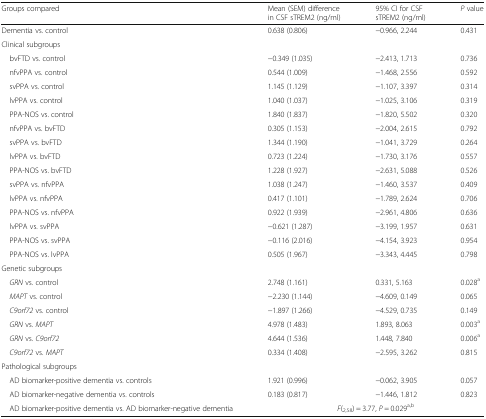
<table><thead><tr><td><b>Groups compared</b></td><td><b>Mean (SEM) difference in CSF sTREM2 (ng/ml)</b></td><td><b>95% CI for CSF sTREM2 (ng/ml)</b></td><td><b><i>P</i> value</b></td></tr></thead><tbody><tr><td>Dementia vs. control</td><td>0.638 (0.806)</td><td>−0.966, 2.244</td><td>0.431</td></tr><tr><td colspan="4">Clinical subgroups</td></tr><tr><td> bvFTD vs. control</td><td>−0.349 (1.035)</td><td>−2.413, 1.713</td><td>0.736</td></tr><tr><td> nfvPPA vs. control</td><td>0.544 (1.009)</td><td>−1.468, 2.556</td><td>0.592</td></tr><tr><td> svPPA vs. control</td><td>1.145 (1.129)</td><td>−1.107, 3.397</td><td>0.314</td></tr><tr><td> lvPPA vs. control</td><td>1.040 (1.037)</td><td>−1.025, 3.106</td><td>0.319</td></tr><tr><td> PPA-NOS vs. control</td><td>1.840 (1.837)</td><td>−1.820, 5.502</td><td>0.320</td></tr><tr><td> nfvPPA vs. bvFTD</td><td>0.305 (1.153)</td><td>−2.004, 2.615</td><td>0.792</td></tr><tr><td> svPPA vs. bvFTD</td><td>1.344 (1.190)</td><td>−1.041, 3.729</td><td>0.264</td></tr><tr><td> lvPPA vs. bvFTD</td><td>0.723 (1.224)</td><td>−1.730, 3.176</td><td>0.557</td></tr><tr><td> PPA-NOS vs. bvFTD</td><td>1.228 (1.927)</td><td>−2.631, 5.088</td><td>0.526</td></tr><tr><td> svPPA vs. nfvPPA</td><td>1.038 (1.247)</td><td>−1.460, 3.537</td><td>0.409</td></tr><tr><td> lvPPA vs. nfvPPA</td><td>0.417 (1.101)</td><td>−1.789, 2.624</td><td>0.706</td></tr><tr><td> PPA-NOS vs. nfvPPA</td><td>0.922 (1.939)</td><td>−2.961, 4.806</td><td>0.636</td></tr><tr><td> lvPPA vs. svPPA</td><td>−0.621 (1.287)</td><td>−3.199, 1.957</td><td>0.631</td></tr><tr><td> PPA-NOS vs. svPPA</td><td>−0.116 (2.016)</td><td>−4.154, 3.923</td><td>0.954</td></tr><tr><td> PPA-NOS vs. lvPPA</td><td>0.505 (1.967)</td><td>−3.343, 4.445</td><td>0.798</td></tr><tr><td colspan="4">Genetic subgroups</td></tr><tr><td> <i>GRN</i> vs. control</td><td>2.748 (1.161)</td><td>0.331, 5.163</td><td>0.028<sup>a</sup></td></tr><tr><td> <i>MAPT</i> vs. control</td><td>−2.230 (1.144)</td><td>−4.609, 0.149</td><td>0.065</td></tr><tr><td> <i>C9orf72</i> vs. control</td><td>−1.897 (1.266)</td><td>−4.529, 0.735</td><td>0.149</td></tr><tr><td> <i>GRN</i> vs. <i>MAPT</i></td><td>4.978 (1.483)</td><td>1.893, 8.063</td><td>0.003<sup>a</sup></td></tr><tr><td> <i>GRN</i> vs. <i>C9orf72</i></td><td>4.644 (1.536)</td><td>1.448, 7.840</td><td>0.006<sup>a</sup></td></tr><tr><td> <i>C9orf72</i> vs. <i>MAPT</i></td><td>0.334 (1.408)</td><td>−2.595, 3.262</td><td>0.815</td></tr><tr><td colspan="4">Pathological subgroups</td></tr><tr><td> AD biomarker-positive dementia vs. controls</td><td>1.921 (0.996)</td><td>−0.062, 3.905</td><td>0.057</td></tr><tr><td> AD biomarker-negative dementia vs. controls</td><td>0.183 (0.817)</td><td>−1.446, 1.812</td><td>0.823</td></tr><tr><td> AD biomarker-positive dementia vs. AD biomarker-negative dementia</td><td colspan="3"><i>F</i>(<sub>2,58</sub>) = 3.77, <i>P</i> = 0.029<sup>a,b</sup></td></tr></tbody></table>